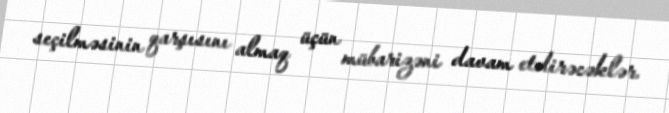
seçilməsinin qarşısını almaq üçün mübarizəni davam etdirəcəklər.